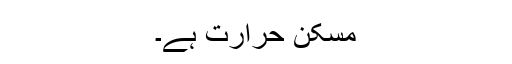
مسکن حرارت ہے۔